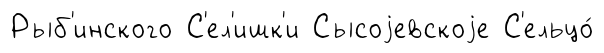
Рыб'инского С'ел'ишк'и Сысоjевскоjе С'ельцо́